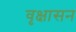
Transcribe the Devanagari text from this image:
वृक्षासन